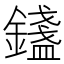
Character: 𨭮